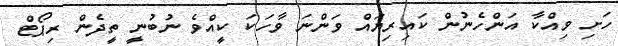
ހަށި ވިއްކާ އަންހެނުން ކައިރިޔައް ވަންނަ ވާހަކަ ކީއްވެ ނުބުނީ ތީދެން ރިޕޯޓް